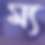
ম্য